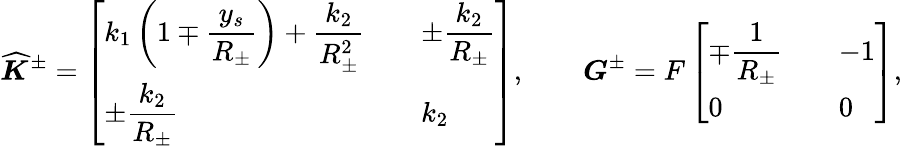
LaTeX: \widehat{\boldsymbol{K}}^{\pm}=\left[\begin{array}{ll}{\displaystyle k_{1}\left(1\mp\frac{y_{s}}{R_{\pm}}\right)+\frac{k_{2}}{R_{\pm}^{2}}\quad}&{\displaystyle\pm\frac{k_{2}}{R_{\pm}}}\\ {\displaystyle\pm\frac{k_{2}}{R_{\pm}}}&{k_{2}}\end{array}\right],\qquad\boldsymbol{G}^{\pm}=F\left[\begin{array}{ll}{\displaystyle\mp\frac{1}{R_{\pm}}\quad}&{\displaystyle-1}\\ {\displaystyle 0}&{0}\end{array}\right],